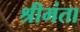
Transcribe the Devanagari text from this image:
श्रीमंता